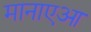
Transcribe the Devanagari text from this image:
मानाएआ